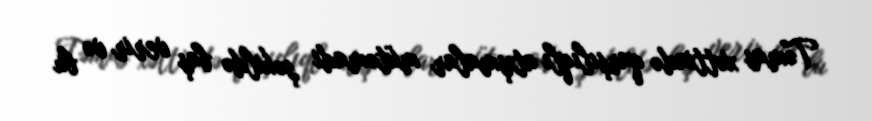
Təmas xəttində qarşılıqlı atışmalar mütəmadi şəkildə baş verir və bu